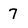
Character: 7